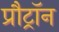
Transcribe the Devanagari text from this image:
प्रौट्रॉन